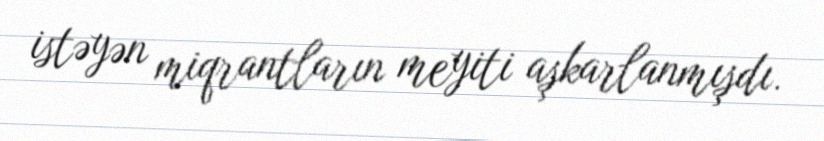
istəyən miqrantların meyiti aşkarlanmışdı.